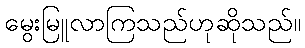
မွေးမြူလာကြသည်ဟုဆိုသည်။